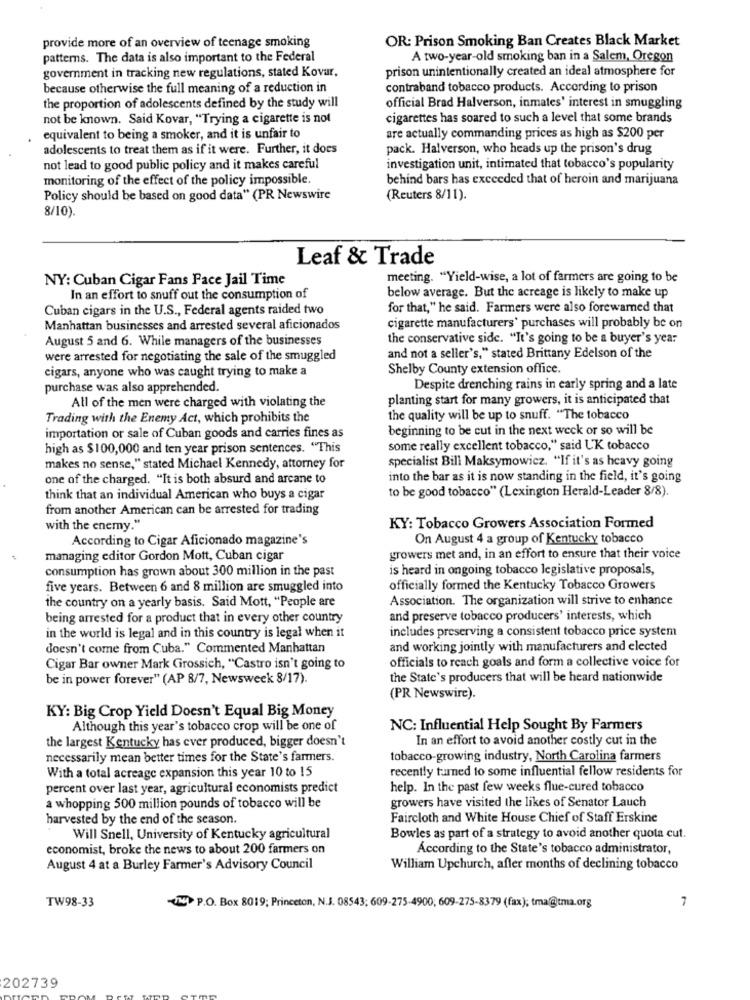
OR: Prison Smoking Ban Creates Black Market
provide more of an overview of teenage smoking
patterns. The data is also important to the Federal
A two-year-old smoking ban in a Salem, Oregon
government in tracking new regulations, stated Kovar.
prison unintentionally created an ideal atmosphere for
because otherwise the full meaning of a reduction in
contraband tobacco products. According to prison
the proportion of adolescents defined by the study will
official Brad Halverson, inmates' interest in smuggling
not be known. Said Kovar, "Trying a cigarette is not
cigarettes has soared to such a level that some brands
equivalent to being a smoker, and it is unfair to
are actually commanding prices as high as $200 per
adolescents to treat them as if it were. Further, it does
pack. Halverson, who heads up the prison's drug
not lead to good public policy and it makes careful
investigation unit, intimated that tobacco's popularity
monitoring of the effect of the policy impossible.
behind bars has exceeded that of heroin and marijuana
Policy should be based on good data" (PR Newswire
(Reuters 8/11).
8/10).
Leaf & Trade
NY: Cuban Cigar Fans Pace Jail Time
meeting. "Yield-wise, a lot of farmers are going to be
In an effort to snuff out the consumption of
below average. But the acreage is likely to make up
Cuban cigars in the U.S ., Federal agents raided two
for that," he said. Farmers were also forewarned that
Manhattan businesses and arrested several aficionados
cigarette manufacturers' purchases will probably be on
August 5 and 6. While managers of the businesses
the conservative side. "It's going to be a buyer's year
were arrested for negotiating the sale of the smuggled
and not a seller's," stated Brittany Edelson of the
cigars, anyone who was caught trying to make a
Shelby County extension office.
purchase was also apprehended.
Despite drenching rains in early spring and a late
All of the men were charged with violating the
planting start for many growers, it is anticipated that
Trading with the Enemy Act, which prohibits the
the quality will be up to snuff. "The tobacco
beginning to be cut in the next week or so will be
importation or sale of Cuban goods and carries fines as
high as $100,000 and ten year prison sentences. "This
some really excellent tobacco," said UK tobacco
specialist Bill Maksymowicz. "If it's as heavy going
makes no sense," stated Michael Kennedy, attorney for
one of the charged. "It is both absurd and arcane to
into the bar as it is now standing in the field, it's going
to be good tobacco" (Lexington Herald-Leader 8/8).
think that an individual American who buys a cigar
from another American can be arrested for trading
with the enemy."
KY: Tobacco Growers Association Formed
According to Cigar Aficionado magazine's
On August 4 a group of Kentucky tobacco
managing editor Gordon Mott, Cuban cigar
growers met and, in an effort to ensure that their voice
consumption has grown about 300 million in the past
is heard in ongoing tobacco legislative proposals,
five years. Between 6 and 8 million are smuggled into
officially formed the Kentucky Tobacco Growers
the country on a yearly basis. Said Mott, "People are
Association. The organization will strive to enhance
being arrested for a product that in every other country
and preserve tobacco producers' interests, which
includes preserving a consistent tobacco price system
in the world is legal and in this country is legal when it
doesn't come from Cuba." Commented Manhattan
and working jointly with manufacturers and elected
officials to reach goals and form a collective voice for
Cigar Bar owner Mark Girossich, "Castro isn't going to
be in power forever" (AP 8/7, Newsweek 8/17).
the State's producers that will be heard nationwide
(PR Newswire).
KY: Big Crop Yield Doesn't Equal Big Money
Although this year's tobacco crop will be one of
NC: Influential Help Sought By Farmers
the largest Kentucky has ever produced, bigger doesn't
In an effort to avoid another costly cut in the
necessarily mean better times for the State's farmers.
tobacco-growing industry, North Carolina farmers
With a total acreage expansion this year 10 to 15
recently turned to some influential fellow residents for
percent over last year, agricultural economists predict
help. In the past few weeks flue-cured tobacco
growers have visited the likes of Senator Lauch
a whopping 500 million pounds of tobacco will be
harvested by the end of the season.
Faircloth and White House Chief of Staff Erskine
Will Snell, University of Kentucky agricultural
Bowles as part of a strategy to avoid another quota cut.
economist, broke the news to about 200 farmers on
According to the State's tobacco administrator,
August 4 at a Burley Farmer's Advisory Council
William Upchurch, after months of declining tobacco
7
TW98-33
-UN P.O. Box 8019; Princeton, N.J. 08543; 609-275-4900, 609-275-8379 (fax); tma@tma.org
202739